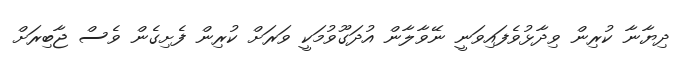
ދިޔާނާ ކުރިން ވިދާޅުވެފައިވަނީ ނޭވާލާން އުދަގޫވުމަކީ ވަރަށް ކުރިން ފެށިގެން ވެސް ޖާބިރަށް